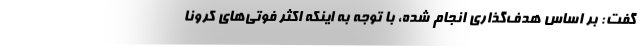
گفت: بر اساس هدف‌گذاری انجام شده، با توجه به اینکه اکثر فوتی‌های کرونا